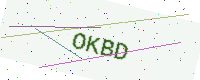
Text: OKBD